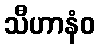
သီဟာနံဝ